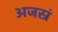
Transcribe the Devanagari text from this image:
अजस्रं